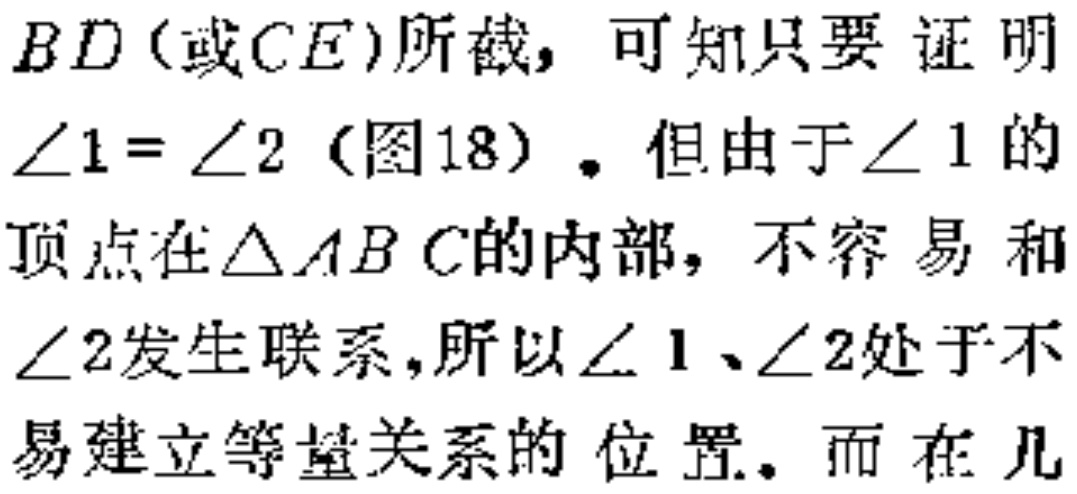
$BD$(或$CE$)所截，可知只要证明
$\angle 1 = \angle 2$(图18)。但由于$\angle 1$的
顶点在$\triangle ABC$的内部，不容易和
$\angle 2$发生联系,所以$\angle 1$、$\angle 2$处于不
易建立等量关系的位置。而在几